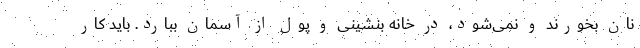
نان بخورند و نمی‌شود، در خانه بنشینی و پول از آسمان ببارد. باید کار